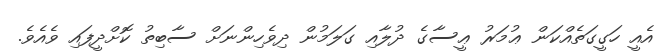
އެއީ ހަގީގަތެއްކަން ޢުމަރު ޢީސާގެ ދުލާއި ގަލަމުން ދިވެހިންނަށް ސާބިތު ކޮށްދީފައި ވެއެވެ.